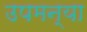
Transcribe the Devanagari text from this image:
उपमन्या